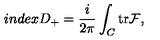
i n d e x D _ { + } = \frac { i } { 2 \pi } \int _ { C } { \mathrm { t r } { \cal { F } } } ,